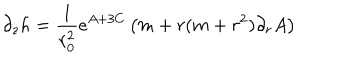
\partial _ { z } h = \frac { 1 } { r _ { 0 } ^ { 2 } } e ^ { A + 3 C } \left( m + r ( m + r ^ { 2 } ) \partial _ { r } A \right)